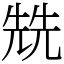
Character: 兟